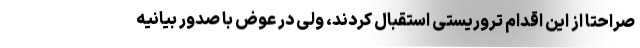
صراحتا از این اقدام تروریستی استقبال کردند، ولی در عوض با صدور بیانیه